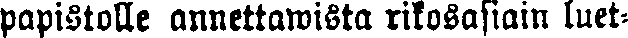
papistolle annettawista rikosasiain luet-